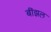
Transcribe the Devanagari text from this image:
बींझल